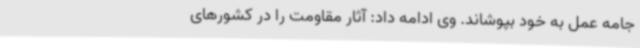
جامه عمل به خود بپوشاند. وی ادامه داد: آثار مقاومت را در کشورهای